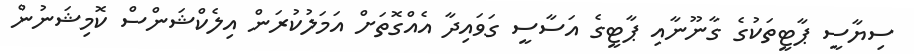
ސިޔާސީ ޕާޓީތަކުގެ ގާނޫނާއި ޕާޓީގެ އަސާސީ ގަވައިދާ އެއްގޮތަށް އަމަލުކުރަން އިލެކްޝަންސް ކޮމިޝަނުން